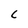
Character: c